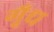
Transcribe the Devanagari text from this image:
गूँध